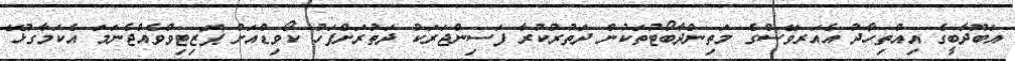
އަބޫދާބީގެ އިއްތިހާދު އެއަރވޭސްގެ މަތިންދާބޯޓުތަކުން ދަތުރުކުރާ ފަސިންޖަރަކު ދަތުރަށްފަހު ކޯވިޑްއަށް ޕޮޒިޓިވްވެއްޖެނަމަ އެކަމާގުޅޭ